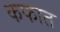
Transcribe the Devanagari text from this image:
कफात